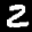
Label: 2